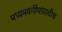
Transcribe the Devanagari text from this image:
मध्यमवर्गीयांसाठीच